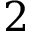
2